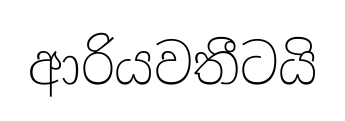
ආරියවතීටයි